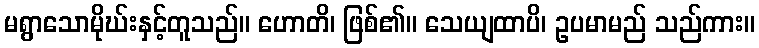
မရွာသောမိုဃ်းနှင့်တူသည်။ ဟောတိ၊ ဖြစ်၏။ သေယျထာပိ၊ ဥပမာမည် သည်ကား။